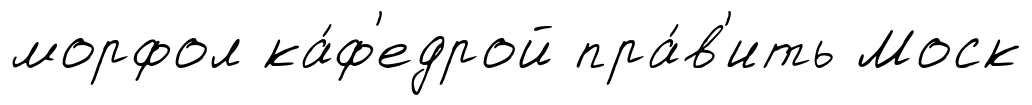
морфол ка́ф'едрой пра́в'ить Моск